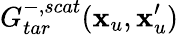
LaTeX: G_{tar}^{-,scat}(\textbf{x}_{u},\textbf{x}_{u}^{\prime})